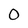
Character: O